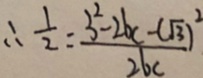
\therefore \frac { 1 } { 2 } = \frac { 3 ^ { 2 } - 2 b c - ( \sqrt { 3 } ) ^ { 2 } } { 2 b c }